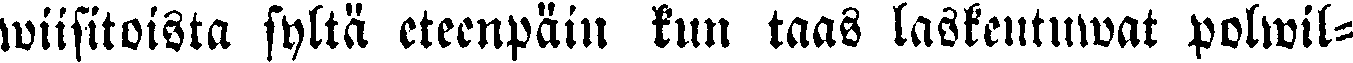
wiisitoista syltä eteenpäin kun taas laskeutuwat polwil-